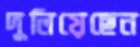
দুলিয়েছেন